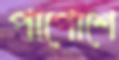
পাপোশে